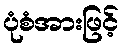
ပုံစံအားဖြင့်